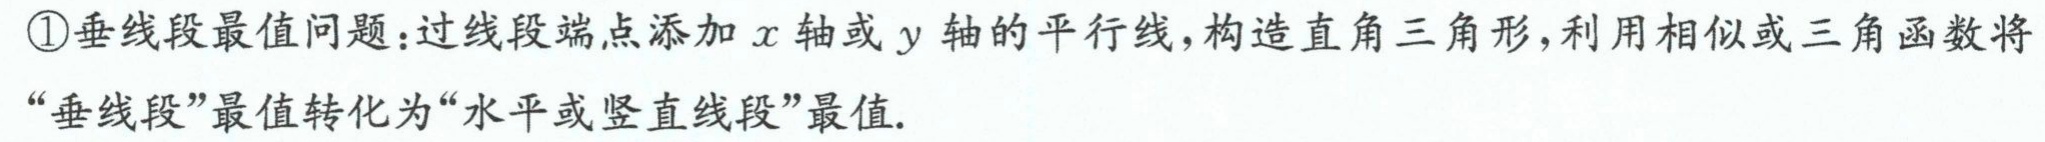
\textcircled{1}垂线段最值问题：过线段端点添加\(x\)轴或\(y\)轴的平行线，构造直角三角形，利用相似或三角函数将“垂线段”最值转化为“水平或竖直线段”最值.